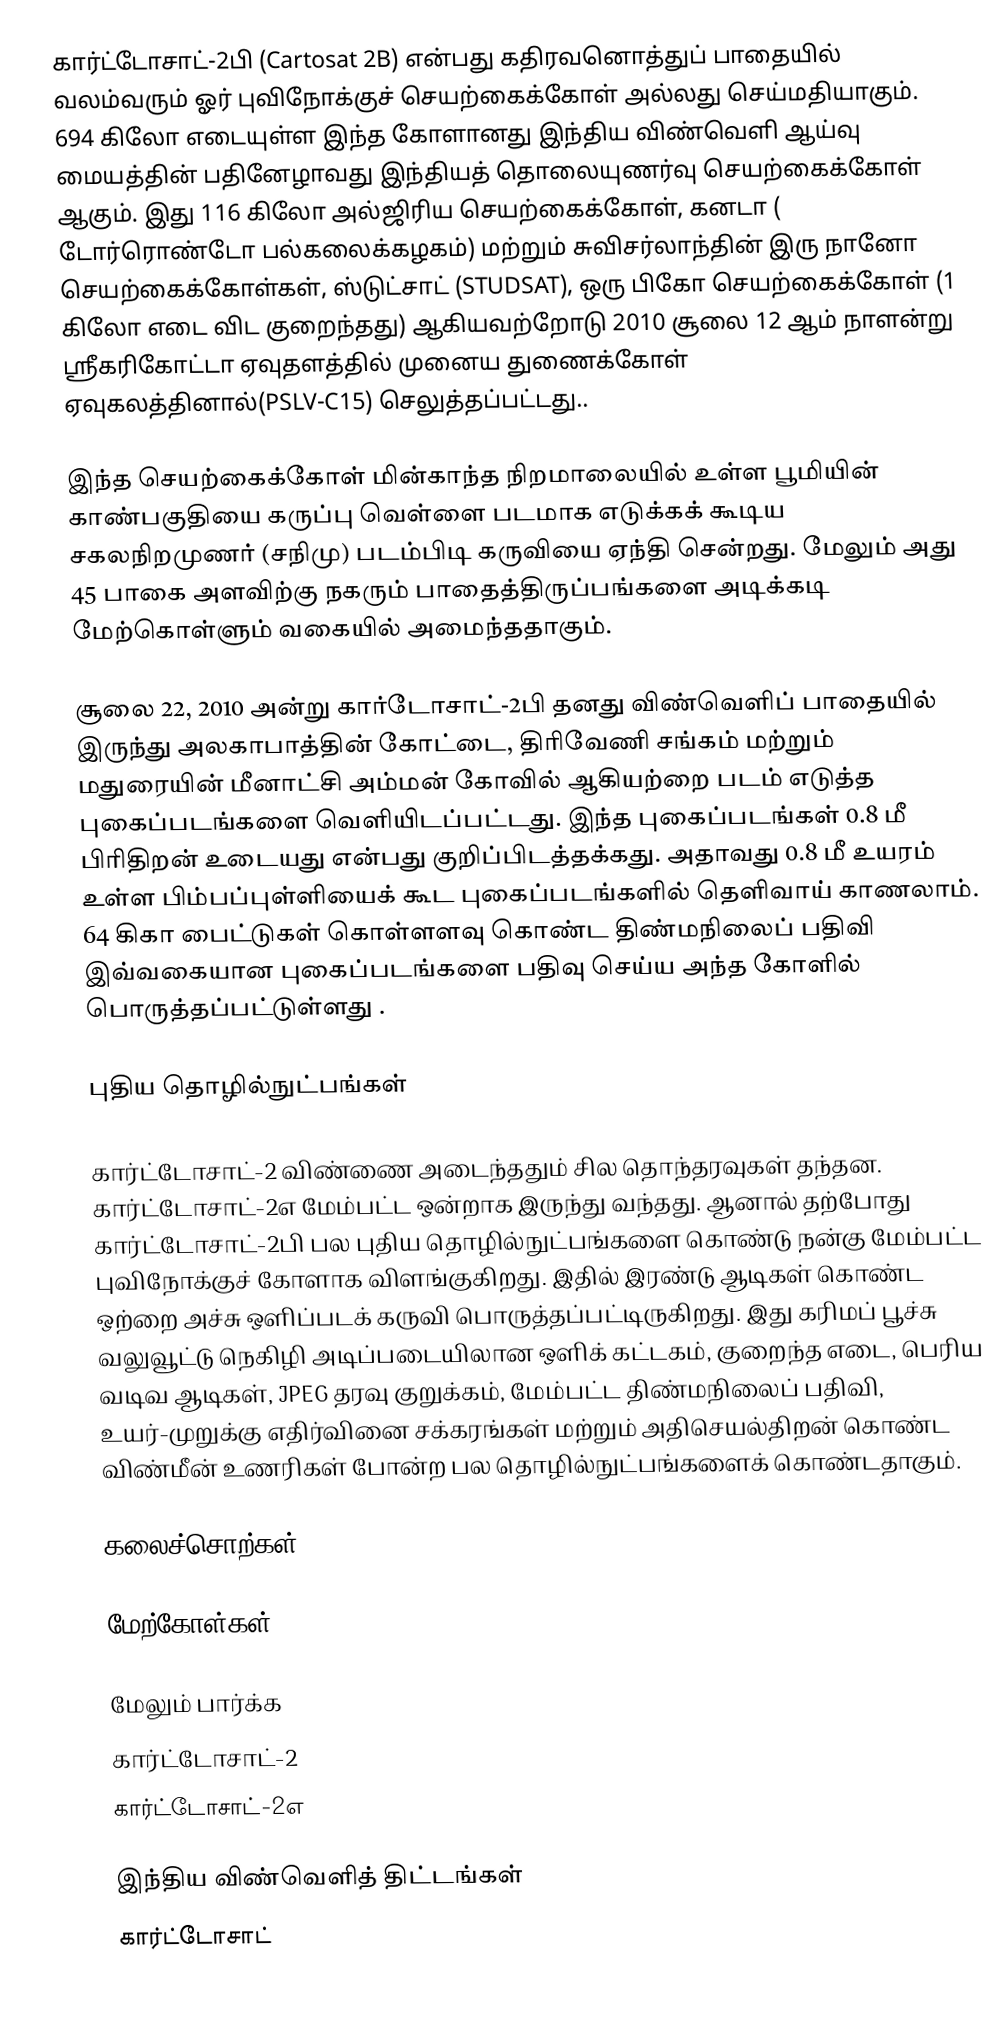
கார்ட்டோசாட்-2பி (Cartosat 2B) என்பது கதிரவனொத்துப் பாதையில் வலம்வரும் ஓர் புவிநோக்குச் செயற்கைக்கோள் அல்லது செய்மதியாகும். 694 கிலோ எடையுள்ள இந்த கோளானது இந்திய விண்வெளி ஆய்வு மையத்தின் பதினேழாவது இந்தியத் தொலையுணர்வு செயற்கைக்கோள் ஆகும். இது 116 கிலோ அல்ஜிரிய செயற்கைக்கோள், கனடா ( டோர்ரொண்டோ பல்கலைக்கழகம்) மற்றும் சுவிசர்லாந்தின் இரு நானோ செயற்கைக்கோள்கள், ஸ்டுட்சாட் (STUDSAT), ஒரு பிகோ செயற்கைக்கோள் (1 கிலோ எடை விட குறைந்தது) ஆகியவற்றோடு 2010 சூலை 12 ஆம் நாளன்று ஸ்ரீகரிகோட்டா ஏவுதளத்தில் முனைய துணைக்கோள் ஏவுகலத்தினால்(PSLV-C15) செலுத்தப்பட்டது..

இந்த செயற்கைக்கோள்  மின்காந்த நிறமாலையில் உள்ள பூமியின் காண்பகுதியை கருப்பு வெள்ளை படமாக எடுக்கக் கூடிய சகலநிறமுணர் (சநிமு) படம்பிடி கருவியை ஏந்தி சென்றது. மேலும் அது 45 பாகை அளவிற்கு நகரும் பாதைத்திருப்பங்களை அடிக்கடி மேற்கொள்ளும் வகையில் அமைந்ததாகும்.

சூலை 22, 2010 அன்று கார்டோசாட்-2பி தனது விண்வெளிப் பாதையில் இருந்து அலகாபாத்தின் கோட்டை, திரிவேணி சங்கம் மற்றும் மதுரையின் மீனாட்சி அம்மன் கோவில் ஆகியற்றை படம் எடுத்த புகைப்படங்களை வெளியிடப்பட்டது. இந்த புகைப்படங்கள் 0.8 மீ பிரிதிறன் உடையது என்பது குறிப்பிடத்தக்கது. அதாவது 0.8 மீ உயரம் உள்ள பிம்பப்புள்ளியைக் கூட புகைப்படங்களில் தெளிவாய் காணலாம். 64 கிகா பைட்டுகள் கொள்ளளவு கொண்ட திண்மநிலைப் பதிவி இவ்வகையான புகைப்படங்களை பதிவு செய்ய அந்த கோளில் பொருத்தப்பட்டுள்ளது .

புதிய தொழில்நுட்பங்கள்

கார்ட்டோசாட்-2 விண்ணை அடைந்ததும் சில தொந்தரவுகள் தந்தன. கார்ட்டோசாட்-2எ மேம்பட்ட ஒன்றாக இருந்து வந்தது. ஆனால் தற்போது கார்ட்டோசாட்-2பி பல புதிய தொழில்நுட்பங்களை கொண்டு நன்கு மேம்பட்ட புவிநோக்குச் கோளாக விளங்குகிறது. இதில் இரண்டு ஆடிகள் கொண்ட ஒற்றை அச்சு ஒளிப்படக் கருவி பொருத்தப்பட்டிருகிறது. இது கரிமப் பூச்சு வலுவூட்டு நெகிழி அடிப்படையிலான ஒளிக் கட்டகம், குறைந்த எடை, பெரிய வடிவ ஆடிகள், JPEG தரவு குறுக்கம், மேம்பட்ட திண்மநிலைப் பதிவி, உயர்-முறுக்கு எதிர்வினை சக்கரங்கள் மற்றும் அதிசெயல்திறன் கொண்ட விண்மீன்  உணரிகள் போன்ற பல தொழில்நுட்பங்களைக் கொண்டதாகும்.

கலைச்சொற்கள்

மேற்கோள்கள்

மேலும் பார்க்க
கார்ட்டோசாட்-2
கார்ட்டோசாட்-2எ

இந்திய விண்வெளித் திட்டங்கள்
கார்ட்டோசாட்